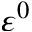
\varepsilon ^ { 0 }